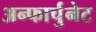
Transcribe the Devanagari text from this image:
अन्फार्चुनेट